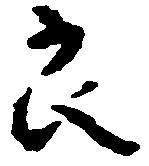
良